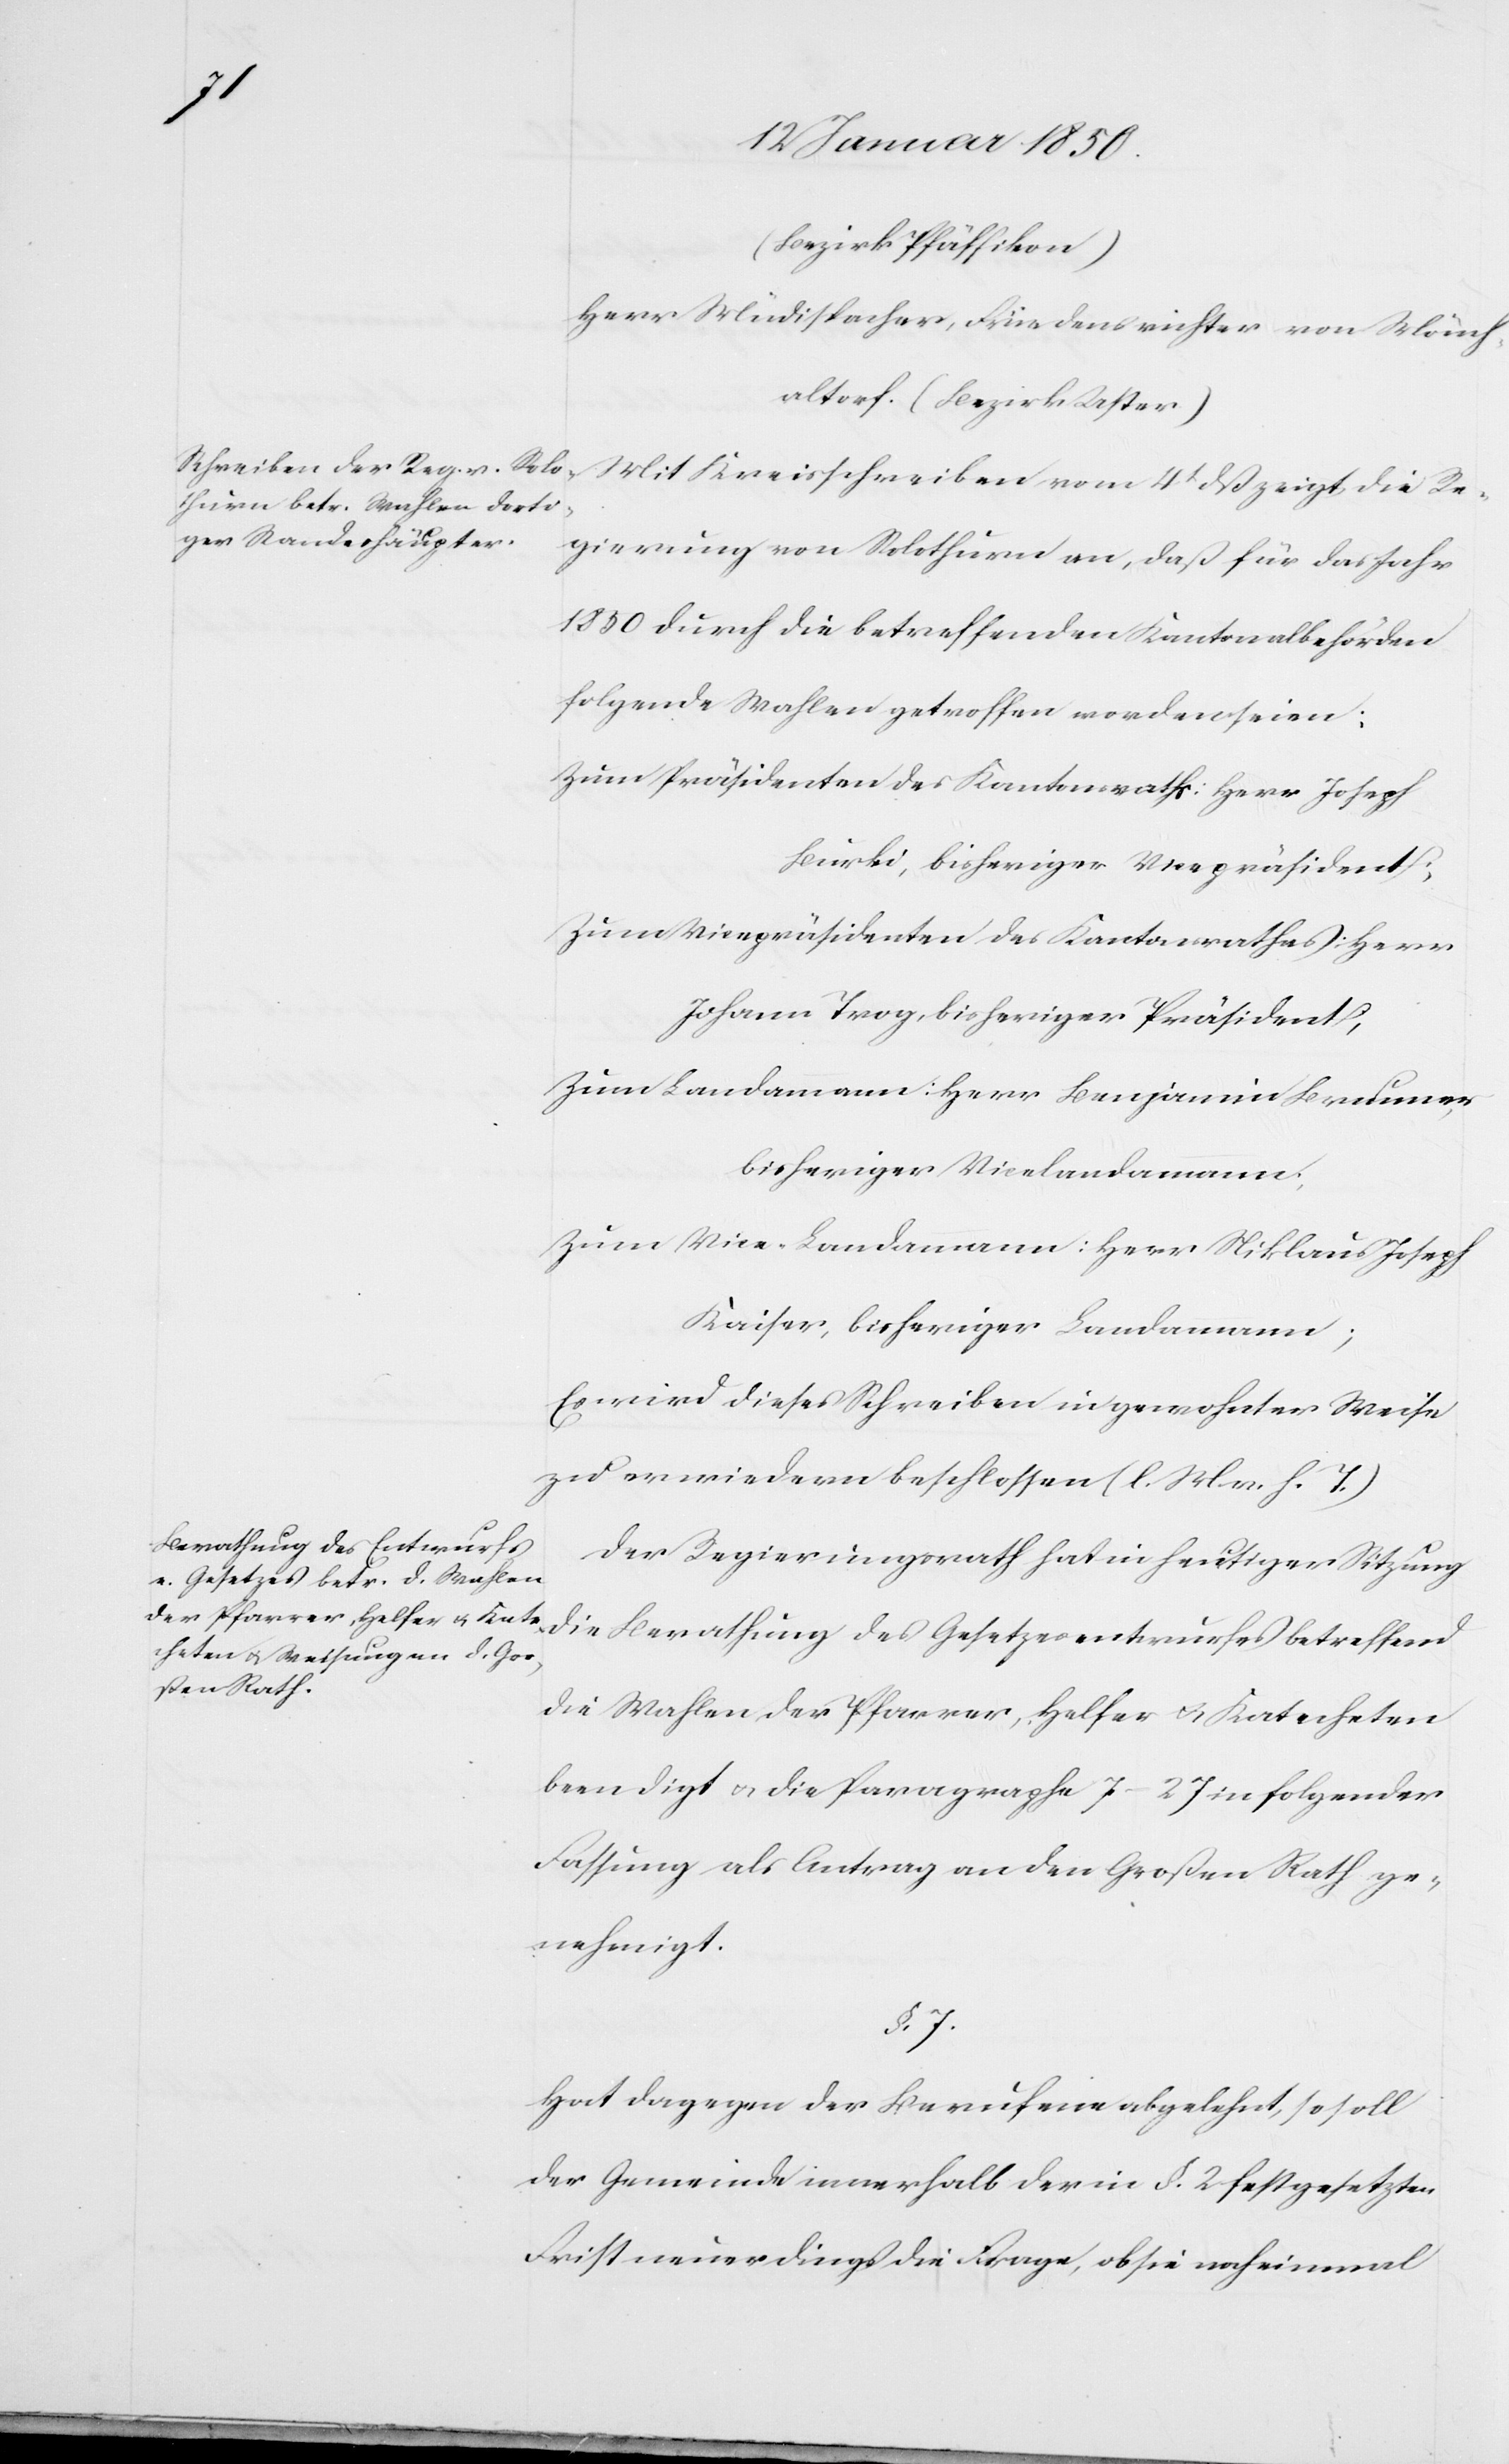
(Bezirk Pfäffikon)
Herr	Müdispacher, Friedensrichter von Mönch¬
altorf (Bezirk Uster)
Mit Kreisschreiben vom 4t dß zeigt die Re¬
gierung von Solothurn an, daß für das Jahr
1850 durch die betreffenden Kantonalbehörden
folgende Wahlen getroffen worden seien:
Zum Präsidenten des Kantonsraths: Herr Joseph
Bürki, bisheriger Vicepräsident;
Zum Vicepräsidenten des Kantonsrathes: Herr
Johann Trog, bisheriger Präsident,
Zum Landamann: Herr Benjamin Brunner,
bisheriger Vicelandammann;
Zum Vice-Landammann: Herr Niklaus Joseph
Kaiser; bisheriger Landammann;
Es wird dieses Schreiben in gewohnter Weise
zu erwiedern beschlossen (l. M. v. h. T.)
Der Regierungsrath hat in heutiger Sitzung
die Berathung des Gesetzesentwurfes betreffend
die Wahlen der Pfarrer, Helfer u. Katecheten
beendigt u. die Paragraphe 7−27 in folgender
Fassung als Antrag an den Großen Rath ge¬
nehmigt.
§. 7.
Hat dagegen der Berufene abgelehnt, so soll
der Gemeinde innerhalb der in §. 2 festgesetzten
Frist neuerdings die Frage, ob sie noch einmal